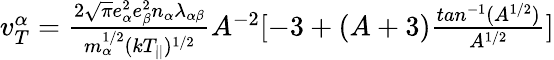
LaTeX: \begin{array}{r}{v_{T}^{\alpha}=\frac{2\sqrt{\pi}e_{\alpha}^{2}e_{\beta}^{2}n_{\alpha}\lambda_{\alpha\beta}}{m_{\alpha}^{1/2}(kT_{||})^{1/2}}A^{-2}[-3+(A+3)\frac{tan^{-1}(A^{1/2})}{A^{1/2}}]}\end{array}